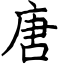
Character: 唐